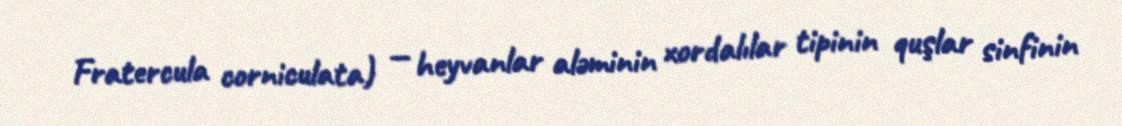
Fratercula corniculata) — heyvanlar aləminin xordalılar tipinin quşlar sinfinin